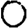
Digit: 0